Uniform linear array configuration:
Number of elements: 12
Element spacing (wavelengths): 0.75
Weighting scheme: hamming
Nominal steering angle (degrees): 45
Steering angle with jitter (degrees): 43.318
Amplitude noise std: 0.05
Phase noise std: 0.05

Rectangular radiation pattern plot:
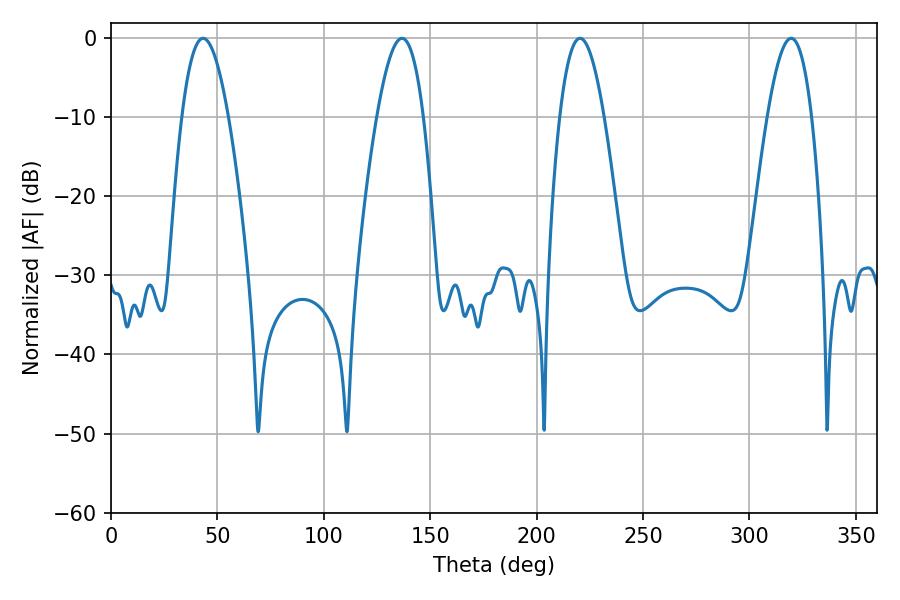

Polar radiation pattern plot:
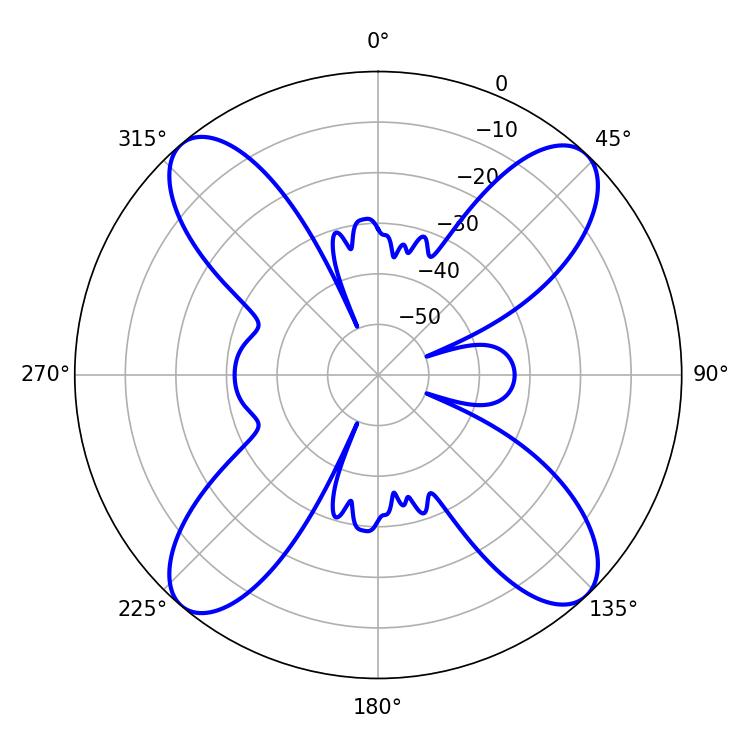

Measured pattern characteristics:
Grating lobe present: TRUE
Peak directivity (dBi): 18.272
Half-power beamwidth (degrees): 11.88
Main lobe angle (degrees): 43.2